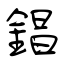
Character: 錩